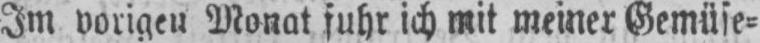
Im vorigen Monat fuhr ich mit meiner Gemüse⸗